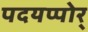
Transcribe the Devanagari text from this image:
पदयप्पोर्